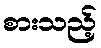
စားသည့်